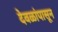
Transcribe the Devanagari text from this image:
देवळांपासून